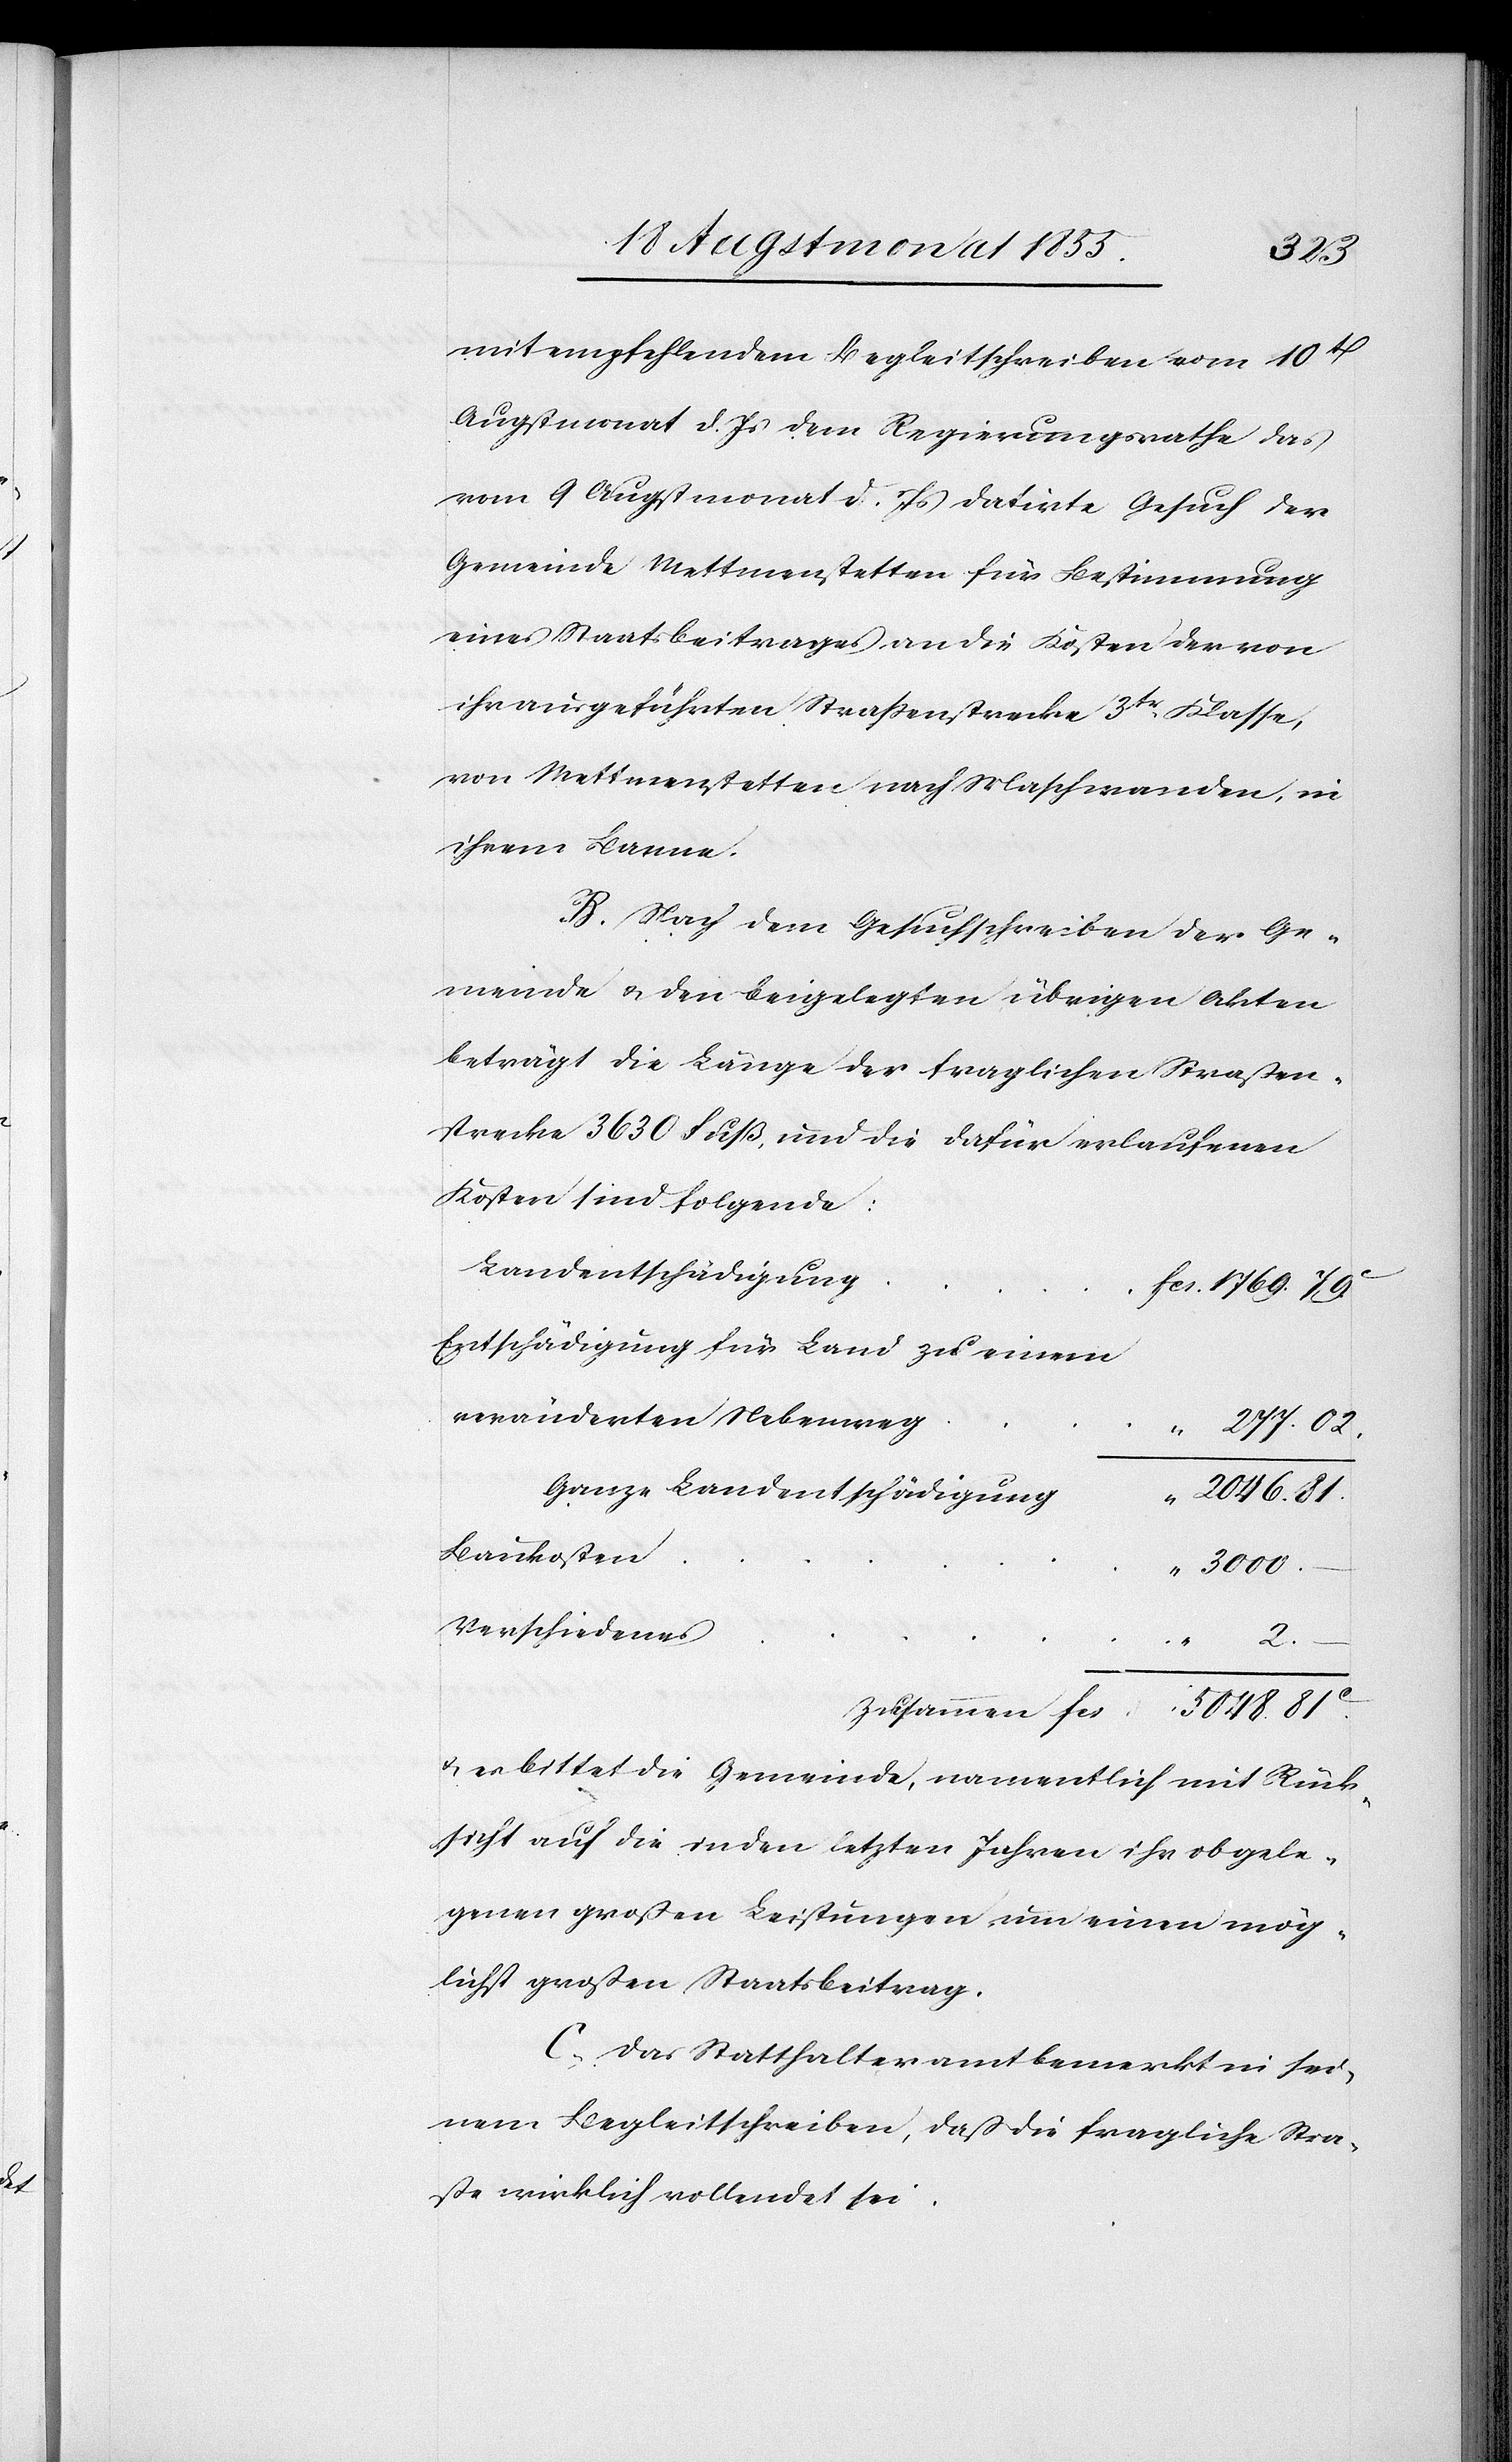
5048.
mit empfehlendem Begleitschreiben vom 10t
Augstmonat d. Js dem Regierungsrathe das
vom 9 Augstmonat d. Js datirte Gesuch der
Gemeinde Mettmenstetten für Bestimmung
eines Staatsbeitrages an die Kosten der von
ihr ausgeführten Strassenstrecke 3tr. Klasse,
von Mettmenstetten nach Maschwanden, in
ihrem Banne.
B. Nach dem Gesuchschreiben der Ge¬
meinde & den beigelegten übrigen Akten
beträgt die Länge der fraglichen Straßen¬
strecke 3630 Fuß, und die dafür erlaufenen
Kosten sind folgende:
Landentschädigung
Fcs. 1769. 79c.
Entschädigung für Land zu einem
veränderten Nebenweg
277. 02.
Ganze Landentschädigung
“ 2046. 81.
Baukosten
3000.
Verschiedenes
2.
& es bittet die Gemeinde, namentlich mit Rück¬
sicht auf die in den letzten Jahren ihr obgele¬
genen großen Leistungen um einen mög¬
lichst großen Staatsbeitrag.
C. Das Statthalteramt bemerkt in sei¬
nem Begleitschreiben, daß die fragliche Stra¬
ße wirklich vollendet sei.